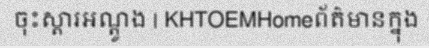
ចុះស្តារអណ្តូង | KHTOEMHomeព័ត៌មានក្នុង